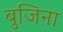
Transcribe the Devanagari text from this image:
बुजिना